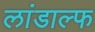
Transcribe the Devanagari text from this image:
लांडाल्फ